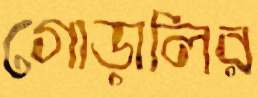
গোড়ালির